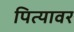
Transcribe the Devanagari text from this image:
पित्यावर